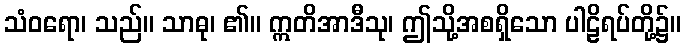
သံဝရော၊ သည်။ သာဓု၊ ၏။ ဣတိအာဒီသု၊ ဤသို့အစရှိသော ပါဠိရပ်တို့၌။